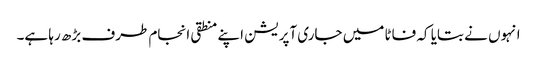
انہوں نے بتایا کہ فاٹا میں جاری آپریشن اپنے منطقی انجام طرف بڑھ رہا ہے۔